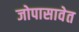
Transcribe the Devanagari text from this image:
जोपासावेत